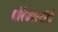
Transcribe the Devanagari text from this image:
थोरेकोस्टॉमी